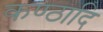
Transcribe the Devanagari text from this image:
कण्ठादि